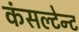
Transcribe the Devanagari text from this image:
कंसल्टेन्ट